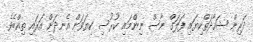
ދަރިން ޝަހާދަތްކިޔައި ފަލަގް ނާސް ނިންމައި ކުރުސި ކިޔަވަން އެނދަށް އަރައި ތިއްބެވެ.